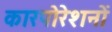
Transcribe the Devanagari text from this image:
कारपोरेशनों